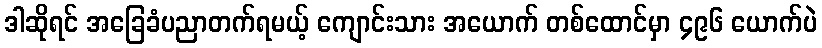
ဒါဆိုရင် အခြေခံပညာတက်ရမယ့် ကျောင်းသား အယောက် တစ်ထောင်မှာ ၄၉၆ ယောက်ပဲ